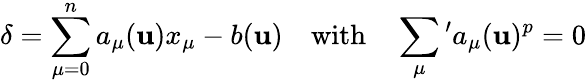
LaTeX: \delta=\sum_{\mu=0}^{n}a_{\mu}(\mathbf{u})x_{\mu}-b(\mathbf{u})\quad\mathrm{{with}}\quad\sum_{\mu}{}^{\prime}a_{\mu}(\mathbf{u})^{p}=0